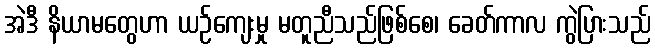
အဲဒီ နိယာမတွေဟာ ယဉ်ကျေးမှု မတူညီသည်ဖြစ်စေ၊ ခေတ်ကာလ ကွဲပြားသည်